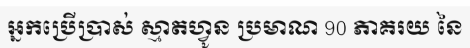
អ្នកប្រើប្រាស់ ស្មាតហ្វូន ប្រមាណ 90 ភាគរយ នៃ